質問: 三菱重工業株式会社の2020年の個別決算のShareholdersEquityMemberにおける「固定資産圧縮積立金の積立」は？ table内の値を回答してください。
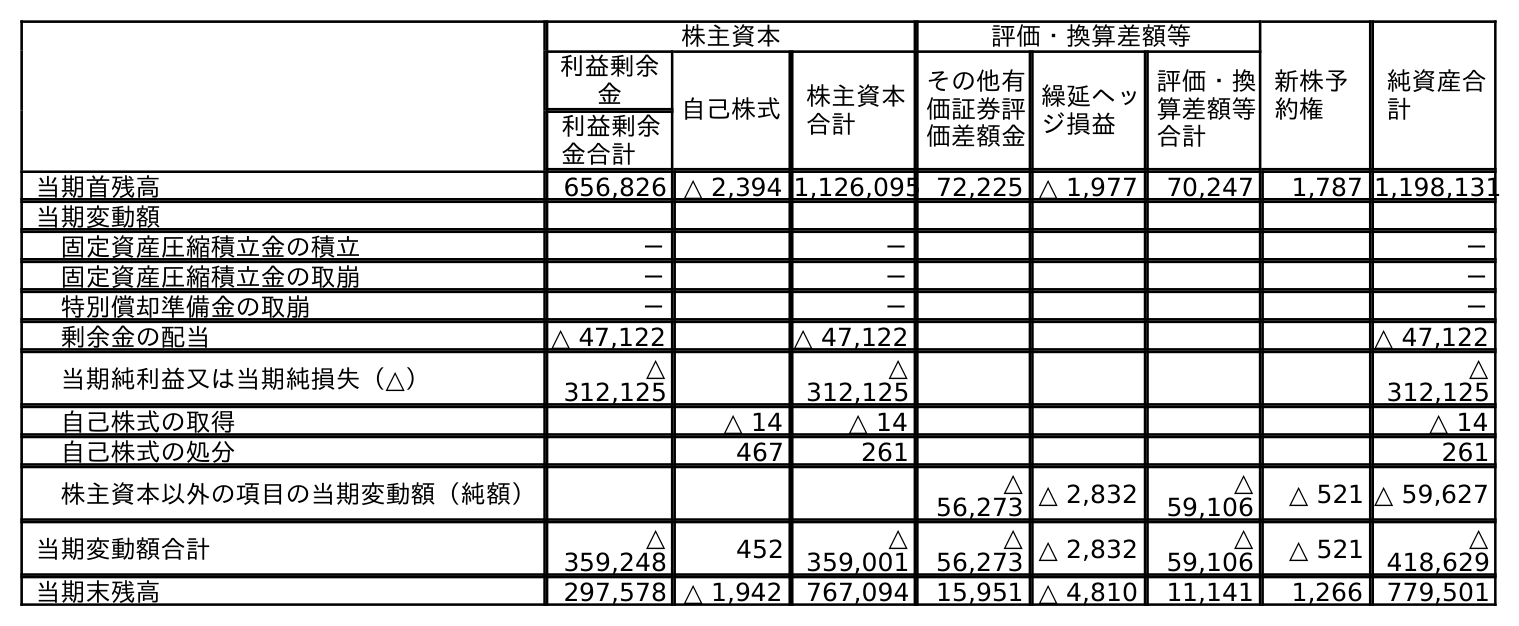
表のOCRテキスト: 株主資本 評価・換算差額等 新株予 約権 純資産合 計 利益剰余 金 自己株式 株主資本 合計 その他有 価証券評 価差額金 繰延ヘッ ジ損益 評価・換 算差額等 合計 利益剰余 金合計 当期首残高 656,826 △ 2,394 1,126,095 72,225 △ 1,977 70,247 1,787 1,198,131 当期変動額 固定資産圧縮積立金の積立 － － － 固定資産圧縮積立金の取崩 － － － 特別償却準備金の取崩 － － － 剰余金の配当 △ 47,122 △ 47,122 △ 47,122 当期純利益又は当期純損失（△） △ 312,125 △ 312,125 △ 312,125 自己株式の取得 △ 14 △ 14 △ 14 自己株式の処分 467 261 261 株主資本以外の項目の当期変動額（純額） △ 56,273 △ 2,832 △ 59,106 △ 521 △ 59,627 当期変動額合計 △ 359,248 452 △ 359,001 △ 56,273 △ 2,832 △ 59,106 △ 521 △ 418,629 当期末残高 297,578 △ 1,942 767,094 15,951 △ 4,810 11,141 1,266 779,501
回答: －